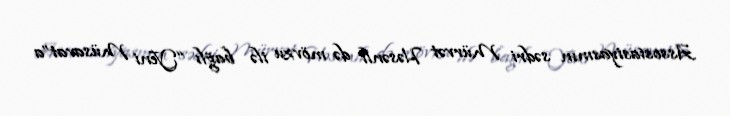
Assosiasiyasının sədri Mürvət Həsənli də mövzu ilə bağlı “Yeni Müsavat”a